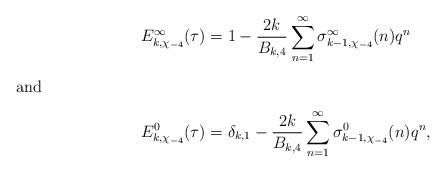
LaTeX: \begin{align*}E_{k,\chi_{-4}}^{\infty}(\tau)&=1-\frac{2k}{B_{k,4}}\sum_{n=1}^{\infty}\sigma_{k-1,\chi_{-4}}^{\infty}(n)q^{n}\intertext{and}E_{k,\chi_{-4}}^{0}(\tau)&=\delta_{k,1}-\frac{2k}{B_{k,4}}\sum_{n=1}^{\infty}\sigma_{k-1,\chi_{-4}}^{0}(n)q^{n},\end{align*}